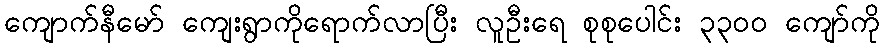
ကျောက်နီမော် ကျေးရွာကိုရောက်လာပြီး လူဦးရေ စုစုပေါင်း ၃၃၀၀ ကျော်ကို